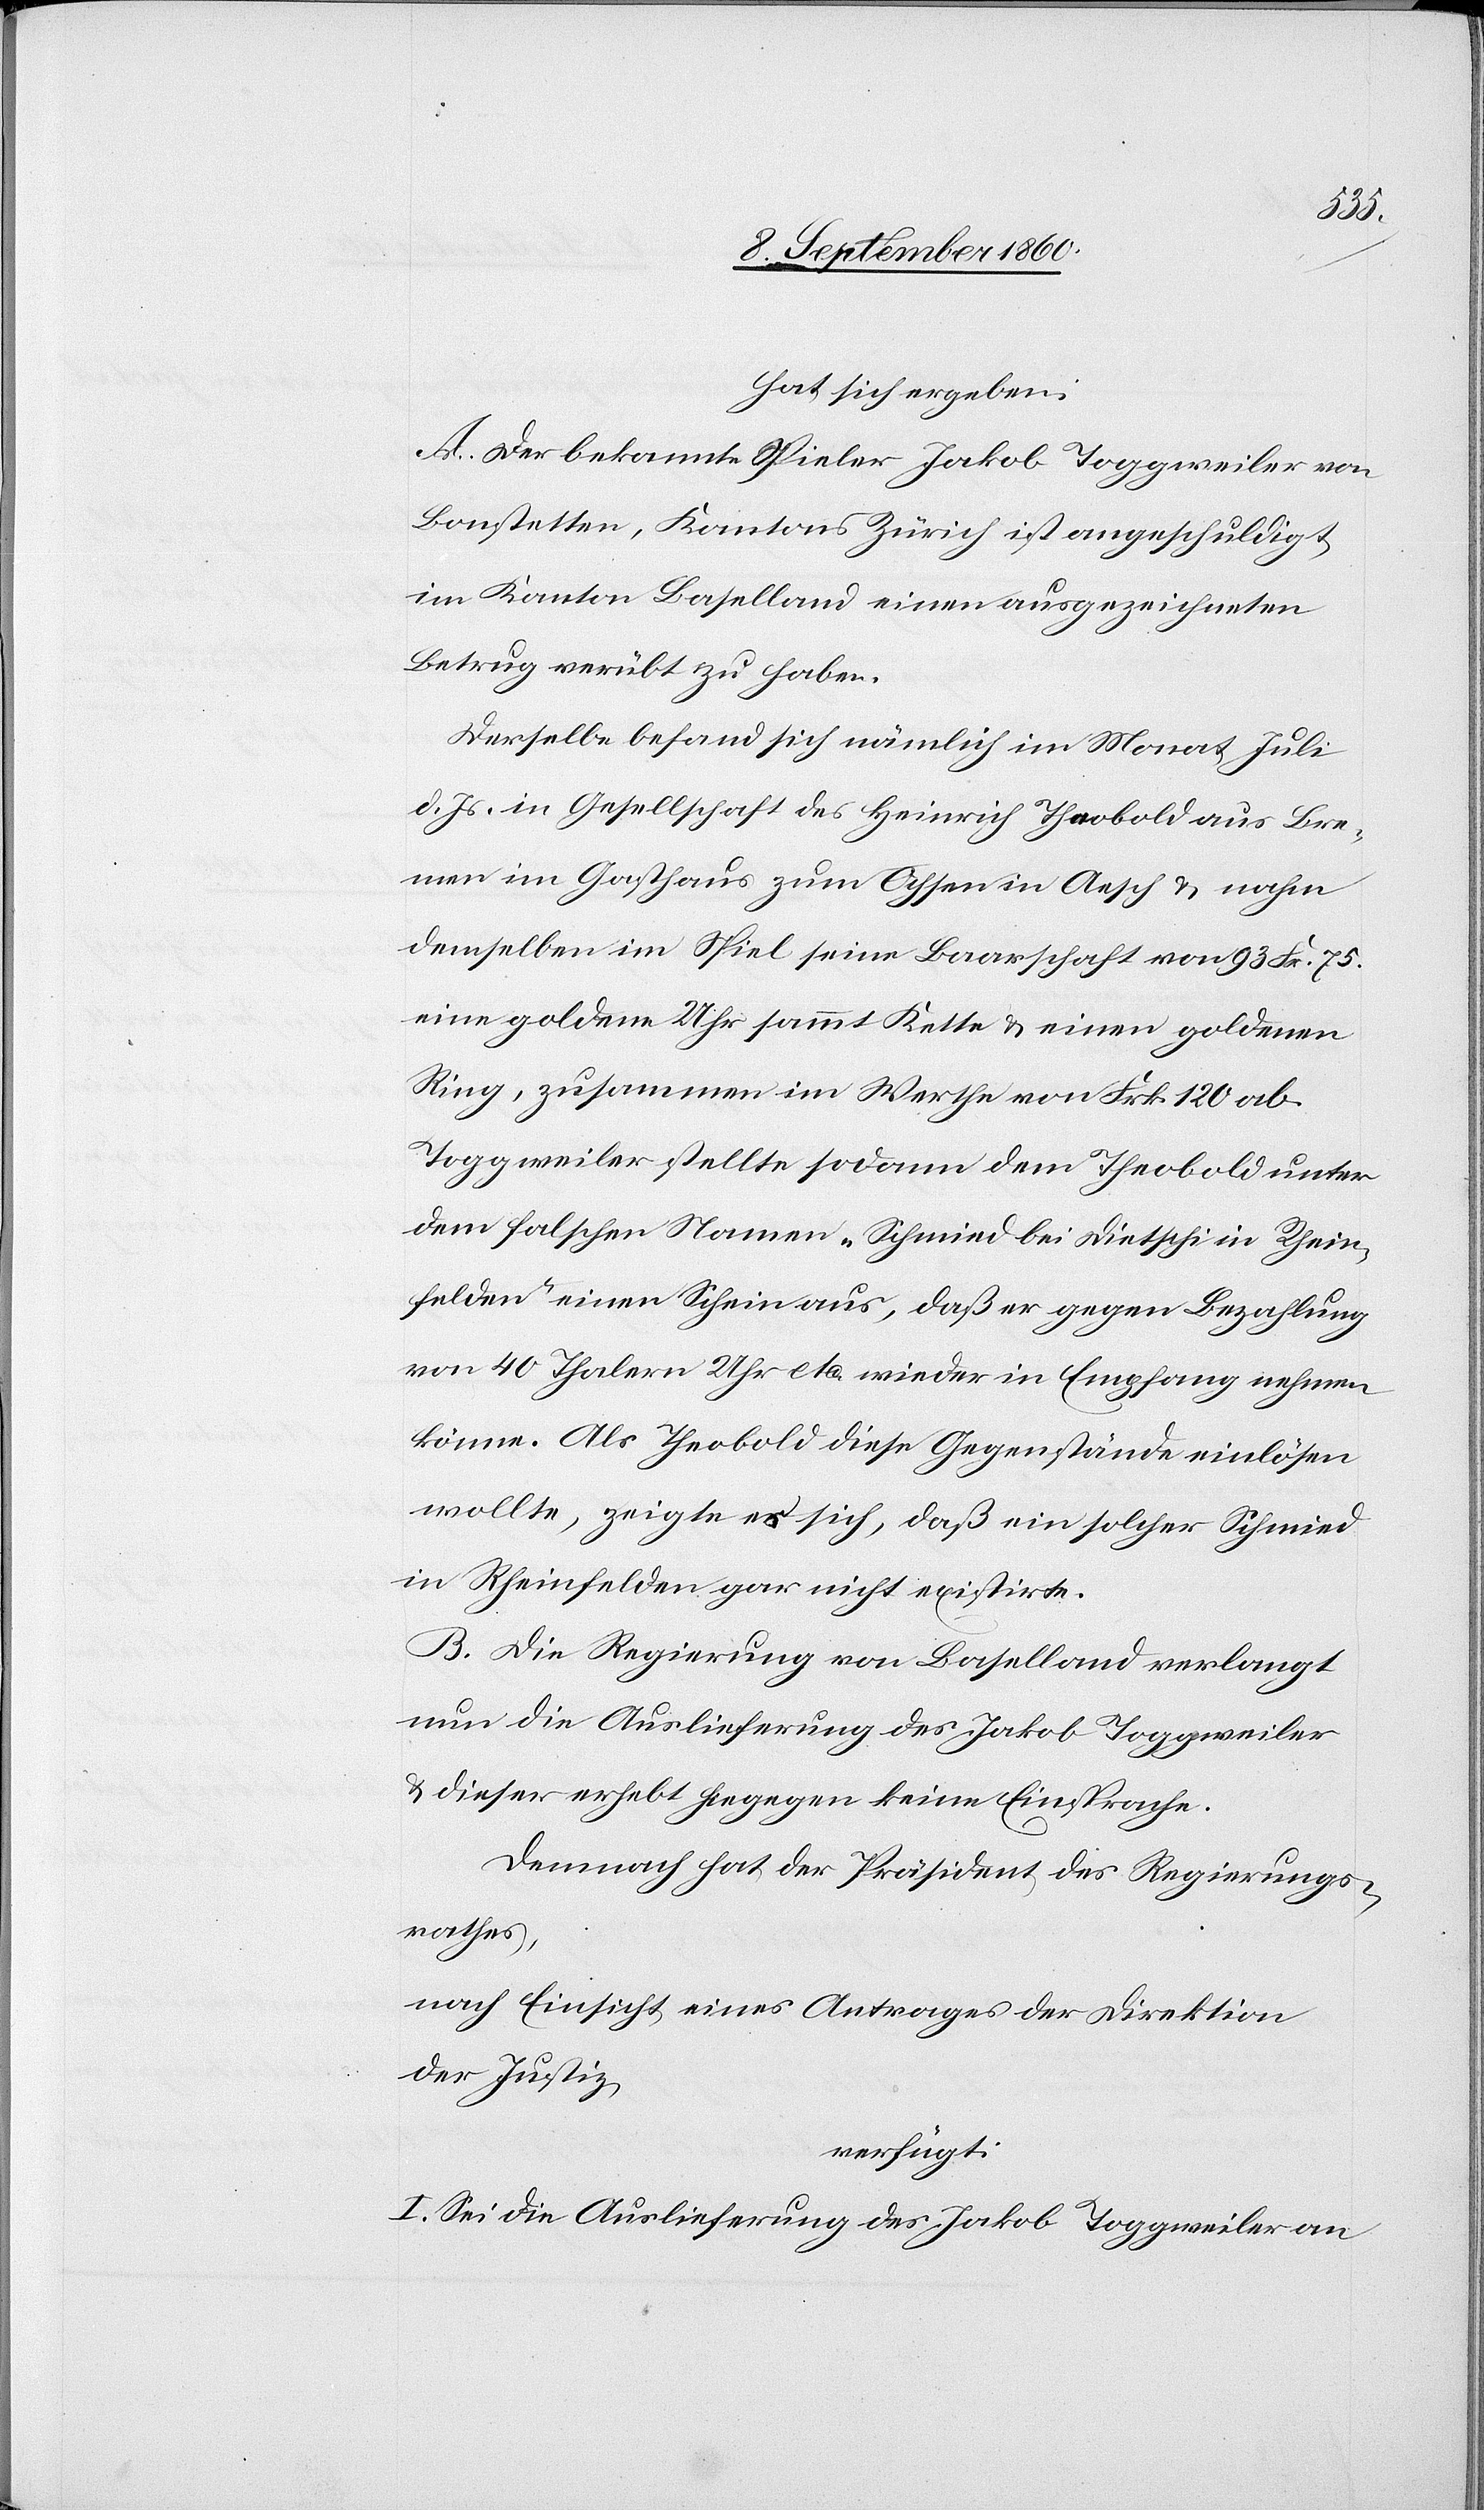
hat sich ergeben:
A. Der bekannte Spieler Jakob Toggweiler von
Bonstetten, Kantons Zürich, ist angeschuldigt,
im Kanton Baselland einen ausgezeichneten
Betrug verübt zu haben.
Derselbe befandt sich nämlich im Monat Juli
d. Js. in Gesellschaft des Heinrich Theobold aus Bre¬
men im Gasthaus zum Ochsen in Äsch u. nahm
demselben im Spiel seine Baarschaft von 93 fcs. 75C,
eine goldene Uhr sammt Kette u. einen goldenen
Ring, zusammen im Werthe von fcs. 120 ab.
Toggweiler stellte sodann dem Theobold unter
dem falschen Namen „Schmied bei Dietsch in Rhein¬
felden“ einen Schein aus, dass er gegen Bezahlung
von 40 Thalern etc. wieder in Empfang nehmen
können. Als Theobold diese Gegenstände einlösen
wollte, zeigte er sich, dass ein solcher Schmied
in Rheinfelden gar nicht existirte.
B. Die Regierung von Baselland verlangt
nun die Auslieferung des Jakob Toggweiler
u. dieser erhebt hiegegen keine Einsprache.
Demnach hat der Präsident des Regierungs¬
rathes,
nach Einsicht eines Antrages der Direktion
der Justiz,
verfügt:
I. Sei die Auslieferung des Jakob Toggenweiler an